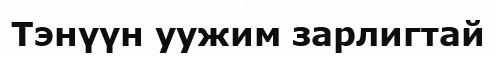
Тэнүүн уужим зарлигтай